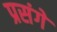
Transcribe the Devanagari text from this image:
प्रसंगे